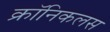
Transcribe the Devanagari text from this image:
क्रॉनिकलस